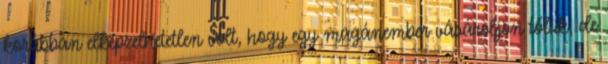
korábban elképzelhetetlen volt, hogy egy magánember vásároljon tőlük, de